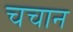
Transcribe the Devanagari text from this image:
चचान